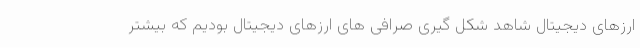
ارزهای دیجیتال شاهد شکل گیری صرافی های ارزهای دیجیتال بودیم که بیشتر